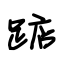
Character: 踮